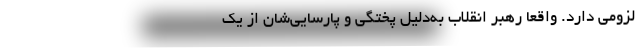
لزومی دارد. واقعاً رهبر انقلاب به‌دلیل پُختگی و پارسایی‌شان از یک